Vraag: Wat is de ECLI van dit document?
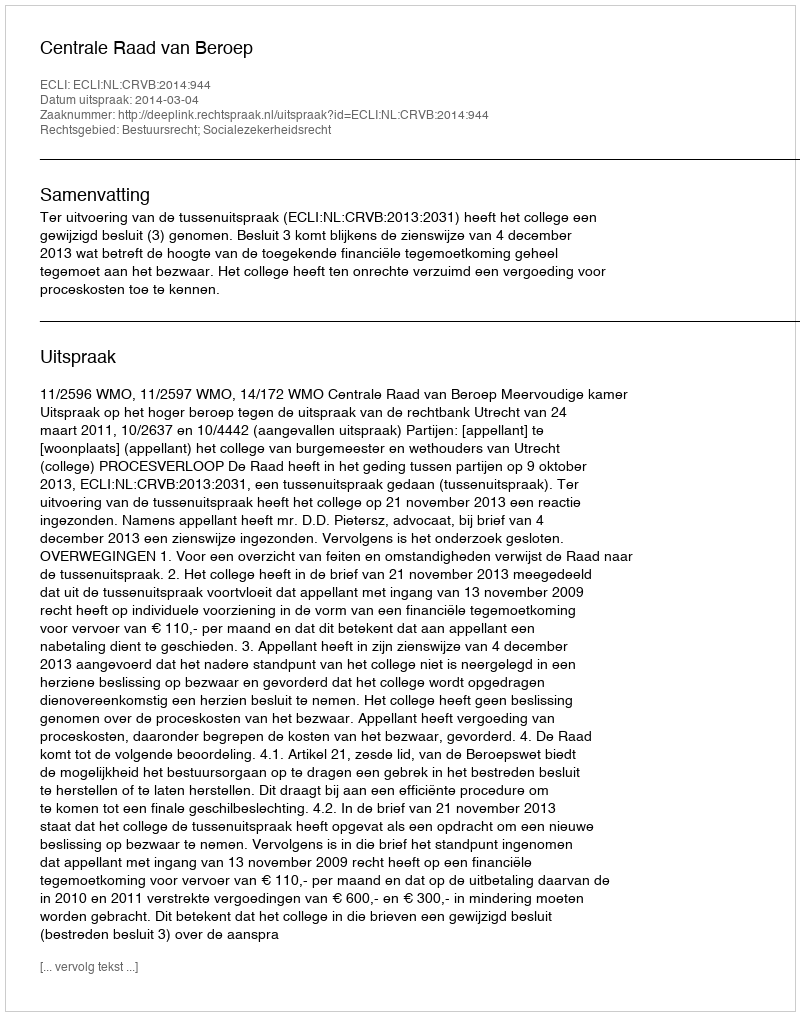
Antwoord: ECLI:NL:CRVB:2014:944